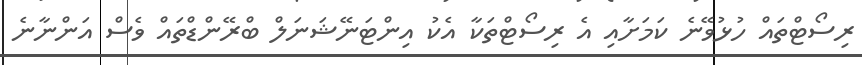
ރިސޯޓްތައް ހުޅުވޭނެ ކަމަށާއި އެ ރިސޯޓްތަކާ އެކު އިންޓަނޭޝަނަލް ބްރޭންޑްތައް ވެސް އަންނާނެ